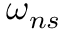
\omega _ { n s }